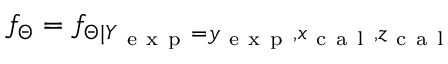
f _ { \Theta } = f _ { \Theta | Y _ { \mathrm { ~ e ~ x ~ p ~ } } = y _ { \mathrm { ~ e ~ x ~ p ~ } } , x _ { \mathrm { ~ c ~ a ~ l ~ } } , z _ { \mathrm { ~ c ~ a ~ l ~ } } }